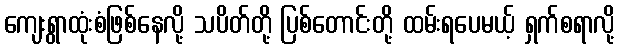
ကျေးရွာထုံးစံဖြစ်နေလို့ သပိတ်တို့ ပြစ်တောင်းတို့ ထမ်းရပေမယ့် ရှက်စရာလို့